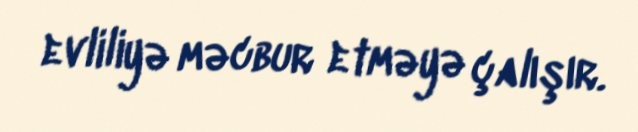
evliliyə məcbur etməyə çalışır.